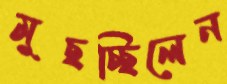
মুছচ্ছিলেন